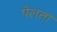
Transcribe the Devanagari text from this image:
पेलता